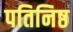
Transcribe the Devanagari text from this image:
पतिनिष्ठ